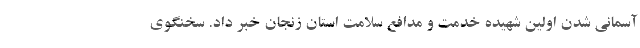
آسمانی شدن اولین شهیده خدمت و مدافع سلامت استان زنجان خبر داد. سخنگوی